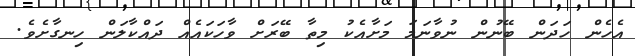
އެހެން ހަދަން ބޭނުން ނުވާނަމަ މަށާއެކު މިތާ ބޭރަށް ވާހަކައެއް ދައްކާލަން ހިނގާށެވެ.